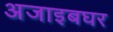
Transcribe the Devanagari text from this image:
अजाइबघर